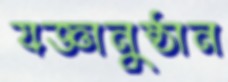
যজ্ঞানুষ্ঠান